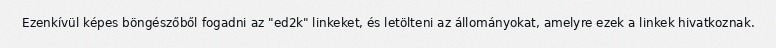
Ezenkívül képes böngészőből fogadni az "ed2k" linkeket, és letölteni az állományokat, amelyre ezek a linkek hivatkoznak.